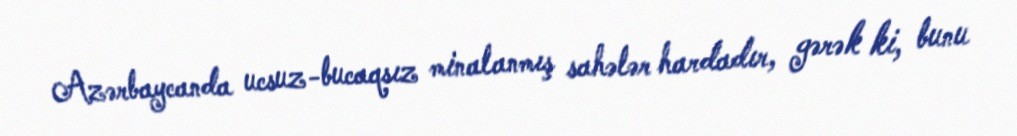
Azərbaycanda ucsuz-bucaqsız minalanmış sahələr hardadır, gərək ki, bunu